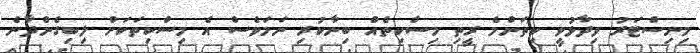
މިނިސްޓަރު ވިދާޅުވީ ކިތަންމެ ރީތި މިސްކިތެއް ބިނާކުރި ނަމަވެސް އެ މިސްކިތަކަށް ލިބިގެންދާނެ